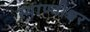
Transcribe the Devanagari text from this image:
स्थाण्वीश्वर